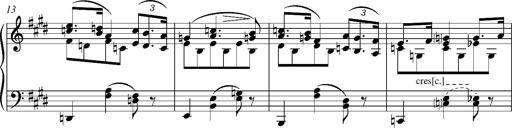
Title: Madrigal
Composer: Lucien Wurmser
Key: A major